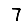
Digit: 7